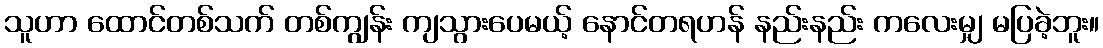
သူဟာ ထောင်တစ်သက် တစ်ကျွန်း ကျသွားပေမယ့် နောင်တရဟန် နည်းနည်း ကလေးမျှ မပြခဲ့ဘူး။